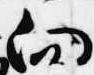
向